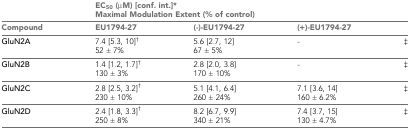
<table><thead><tr><td></td><td colspan="4"><b>EC<sub>50</sub> (μM) [conf. int.]* Maximal Modulation Extent (% of control)</b></td></tr><tr><td><b>Compound</b></td><td><b>EU1794-27</b></td><td><b>(-)-EU1794-27</b></td><td><b>(+)-EU1794-27</b></td><td></td></tr></thead><tbody><tr><td><b>GluN2A</b></td><td>7.4 [5.3, 10]<sup>†</sup>52 ± 7%</td><td>5.6 [2.7, 12] 67 ± 5%</td><td>-</td><td>‡</td></tr><tr><td><b>GluN2B</b></td><td>1.4 [1.2, 1.7]<sup>†</sup>130 ± 3%</td><td>2.8 [2.0, 3.8] 170 ± 10%</td><td>-</td><td>‡</td></tr><tr><td><b>GluN2C</b></td><td>2.8 [2.5, 3.2]<sup>†</sup>230 ± 10%</td><td>5.1 [4.1, 6.4] 260 ± 24%</td><td>7.1 [3.6, 14] 160 ± 6.2%</td><td>‡</td></tr><tr><td><b>GluN2D</b></td><td>2.4 [1.8, 3.3]<sup>†</sup>250 ± 8%</td><td>8.2 [6.7, 9.9] 340 ± 21%</td><td>7.4 [3.7, 15] 130 ± 4.7%</td><td>‡</td></tr></tbody></table>